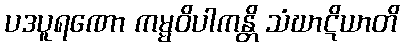
ပဒပူရဏော ကမ္မဝိပါကန္တိ သံဃာဋိယာတိ